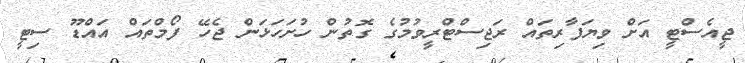
ޖީއެސްޓީ އަށް ވިޔަފާރިތައް ރަޖިސްޓްރީވުމުގެ ގޮތުން ހުށަހަޅަން ޖެހޭ ފޯމްތައް އައްޑޫ ސިޓީ